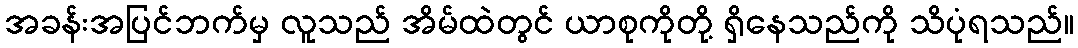
အခန်းအပြင်ဘက်မှ လူသည် အိမ်ထဲတွင် ယာစုကိုတို့ ရှိနေသည်ကို သိပုံရသည်။